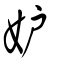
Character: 妒